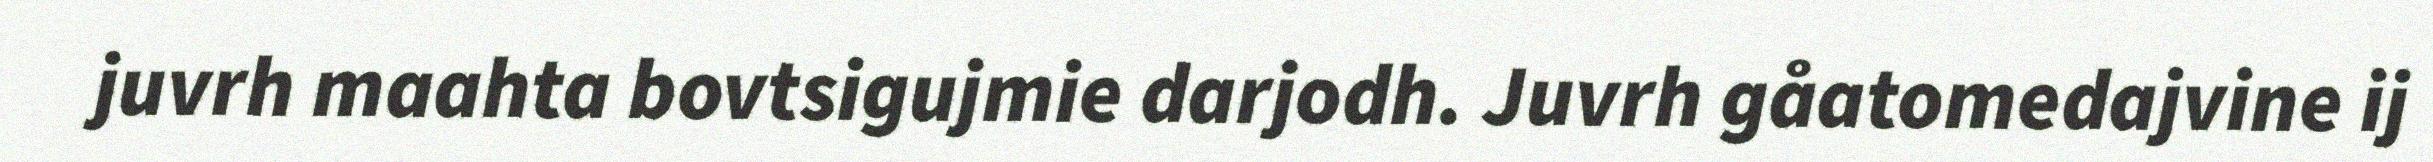
juvrh maahta bovtsigujmie darjodh. Juvrh gåatomedajvine ij